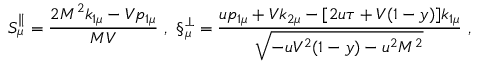
S _ { \mu } ^ { \parallel } = \frac { 2 M ^ { 2 } k _ { 1 \mu } - V p _ { 1 \mu } } { M V } \ , \ \S _ { \mu } ^ { \bot } = \frac { u p _ { 1 \mu } + V k _ { 2 \mu } - [ 2 u \tau + V ( 1 - y ) ] k _ { 1 \mu } } { \sqrt { - u V ^ { 2 } ( 1 - y ) - u ^ { 2 } M ^ { 2 } } } \ ,